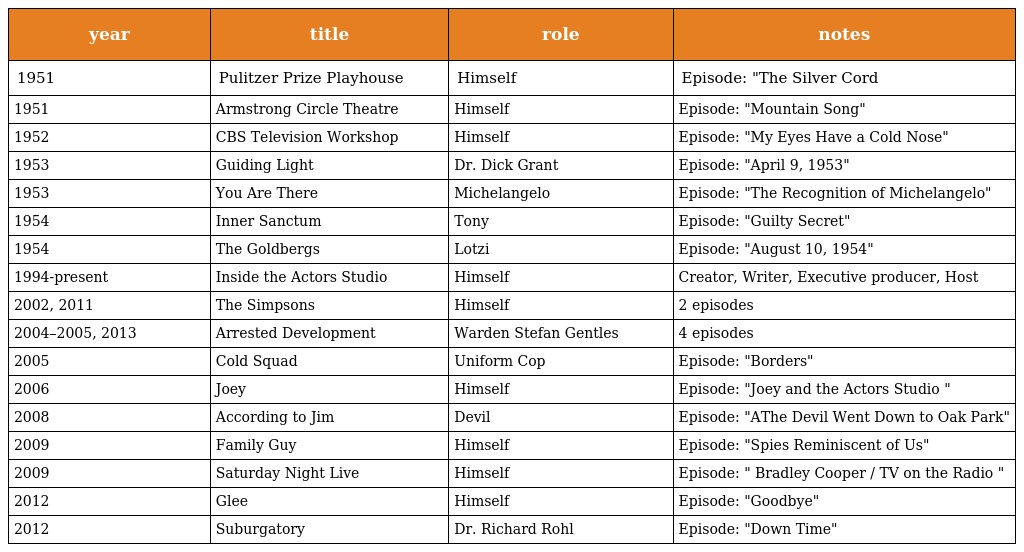
| year | title | role | notes |
 | --- | --- | --- | --- |
 | 1951 | Pulitzer Prize Playhouse | Himself | Episode: "The Silver Cord |
 | 1951 | Armstrong Circle Theatre | Himself | Episode: "Mountain Song" |
 | 1952 | CBS Television Workshop | Himself | Episode: "My Eyes Have a Cold Nose" |
 | 1953 | Guiding Light | Dr. Dick Grant | Episode: "April 9, 1953" |
 | 1953 | You Are There | Michelangelo | Episode: "The Recognition of Michelangelo" |
 | 1954 | Inner Sanctum | Tony | Episode: "Guilty Secret" |
 | 1954 | The Goldbergs | Lotzi | Episode: "August 10, 1954" |
 | 1994-present | Inside the Actors Studio | Himself | Creator, Writer, Executive producer, Host |
 | 2002, 2011 | The Simpsons | Himself | 2 episodes |
 | 2004–2005, 2013 | Arrested Development | Warden Stefan Gentles | 4 episodes |
 | 2005 | Cold Squad | Uniform Cop | Episode: "Borders" |
 | 2006 | Joey | Himself | Episode: "Joey and the Actors Studio " |
 | 2008 | According to Jim | Devil | Episode: "AThe Devil Went Down to Oak Park" |
 | 2009 | Family Guy | Himself | Episode: "Spies Reminiscent of Us" |
 | 2009 | Saturday Night Live | Himself | Episode: " Bradley Cooper / TV on the Radio " |
 | 2012 | Glee | Himself | Episode: "Goodbye" |
 | 2012 | Suburgatory | Dr. Richard Rohl | Episode: "Down Time" |